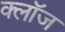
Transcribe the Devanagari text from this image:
क्लाॅज